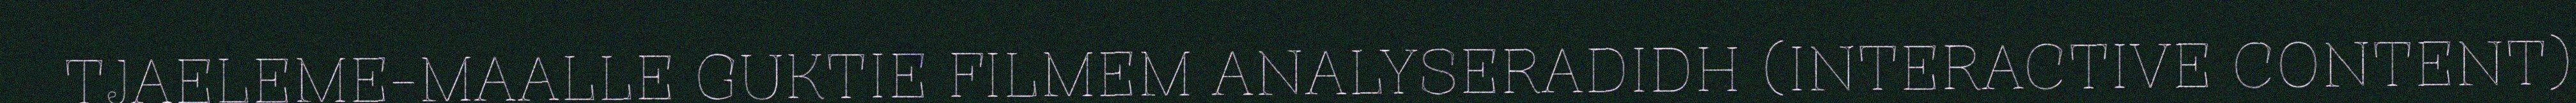
TJAELEME-MAALLE GUKTIE FILMEM ANALYSERADIDH (INTERACTIVE CONTENT)